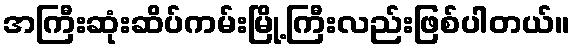
အကြီးဆုံးဆိပ်ကမ်းမြို့ကြီးလည်းဖြစ်ပါတယ်။